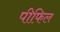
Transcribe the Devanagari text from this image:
पीफिल